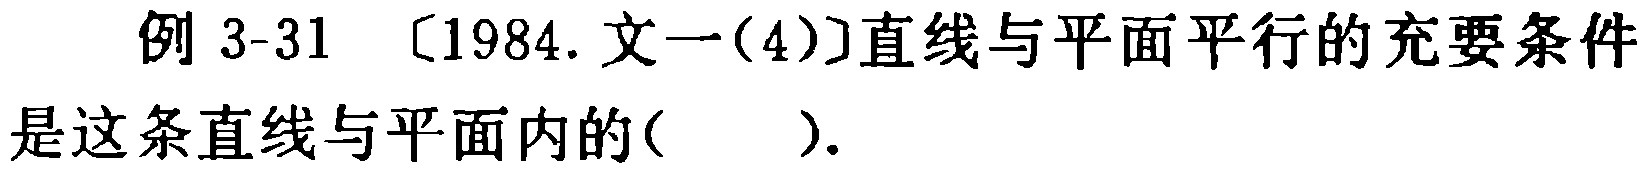
例 3-31 〔1984. 文一(4)〕直线与平面平行的充要条件是这条直线与平面内的(  ).